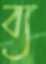
ব্য